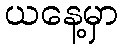
ယနေ့မှာ